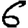
Digit: 6